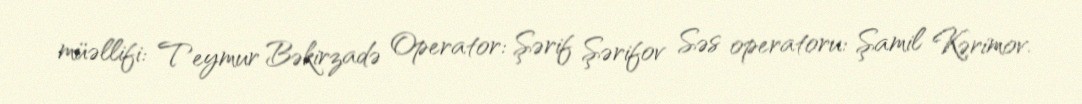
müəllifi: Teymur Bəkirzadə Operator: Şərif Şərifov Səs operatoru: Şamil Kərimov.